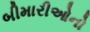
બીમારીઓનો